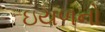
ઇયળનો